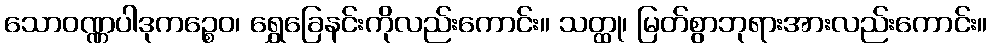
သောဝဏ္ဏပါဒုကဉ္စေဝ၊ ရွှေခြေနင်းကိုလည်းကောင်း။ သတ္ထု၊ မြတ်စွာဘုရားအားလည်းကောင်း။